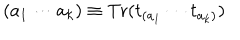
( a _ { 1 } \cdots a _ { k } ) \equiv \mathrm { T r } ( t _ { ( a _ { 1 } } \cdots t _ { a _ { k } ) } )